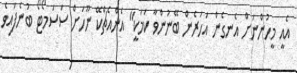
އެއީ މީހުންނަށް އެނގެން އަހަރެން ބޭނުންވާ ކަމަކީ" އެންއެޗްކޭ ނޫހަށް ސަސަމޯޓޯ ބުނެފައިވެ